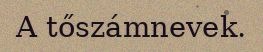
A tőszámnevek.